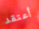
أعتقد